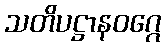
သတိပဋ္ဌာနဝဂ္ဂေ